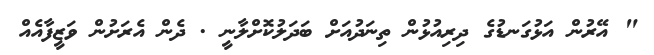
" އޭރުން އަޅުގަނޑުގެ ދިރިއުޅުން ތިނަދުއަށް ބަދަލުކޮށްލާނީ . ދެން އެރަށުން ވަޒީފާއެއް